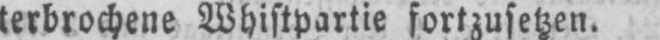
terbrochene Whistpartie fortzusetzen.